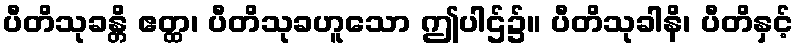
ပီတိသုခန္တိ ဧတ္ထ၊ ပီတိသုခဟူသော ဤပါဌ်၌။ ပီတိသုခါနိ၊ ပီတိနှင့်